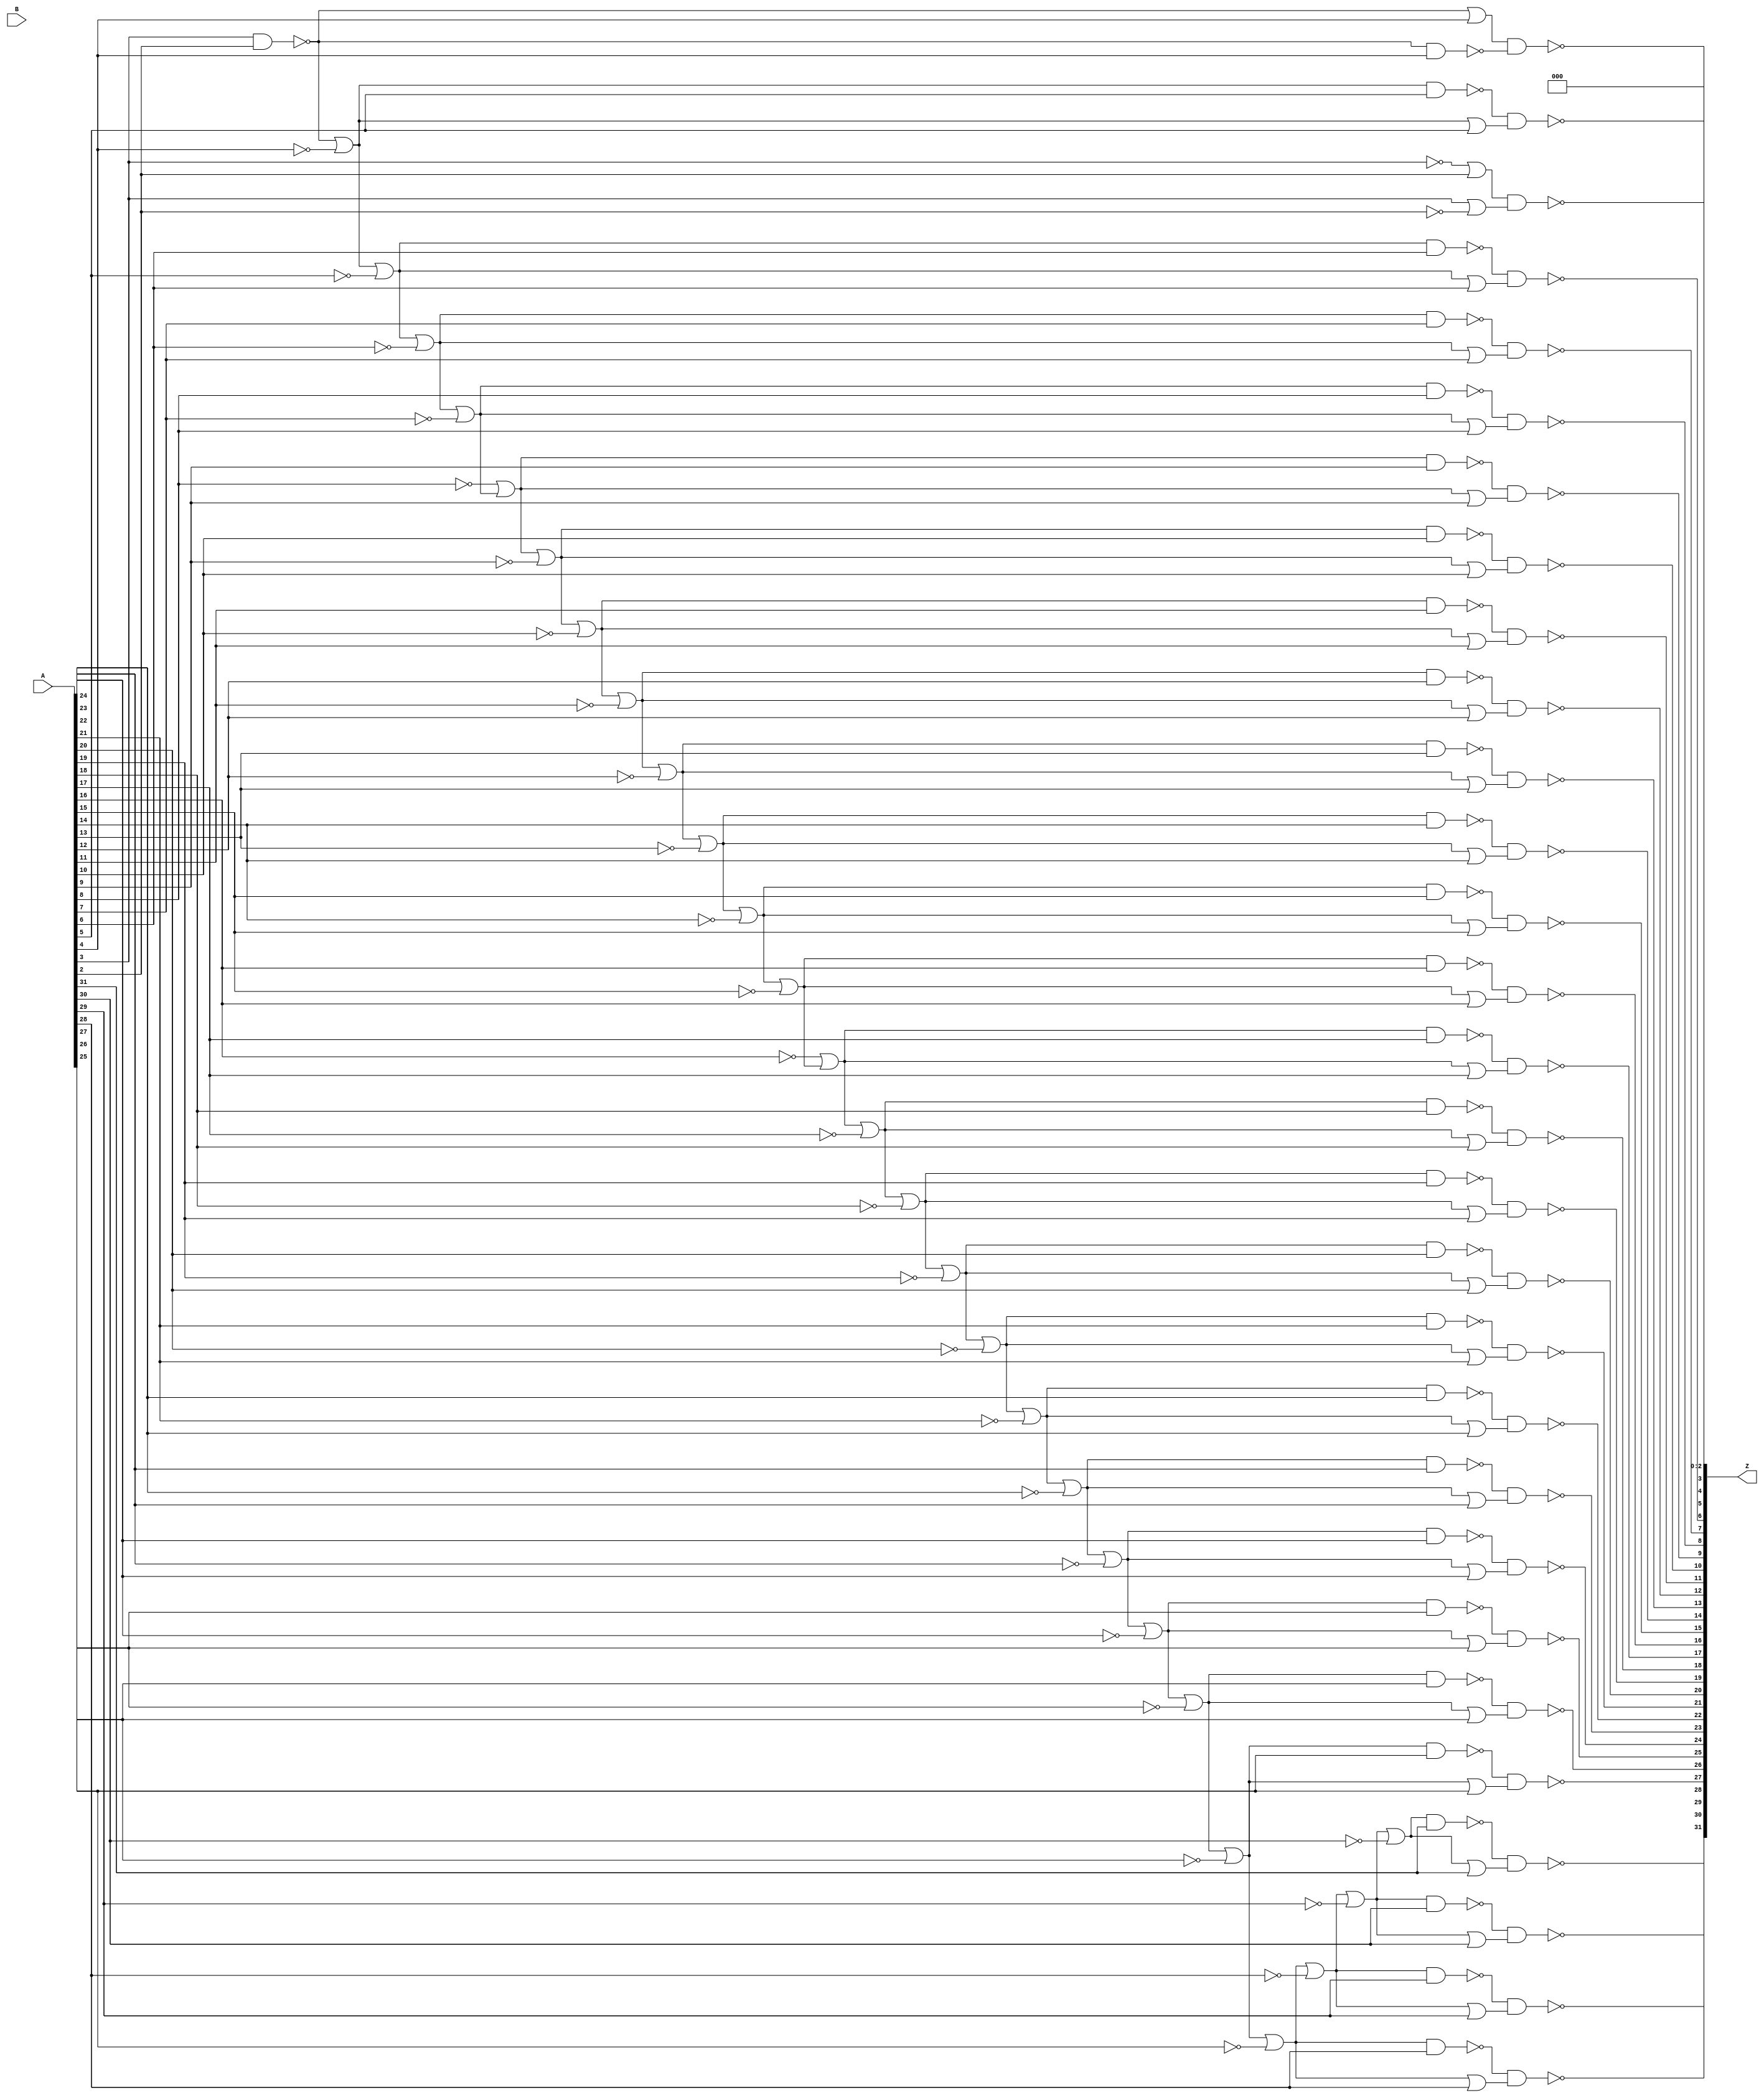

// Generated by Cadence Genus(TM) Synthesis Solution 17.10-p007_1
// Generated on: Dec  9 2018 19:06:27 EST (Dec 10 2018 00:06:27 UTC)

// Verification Directory fv/rv_pc 

module add_unsigned_62(A, B, Z);
  input [31:0] A;
  input [2:0] B;
  output [31:0] Z;
  wire [31:0] A;
  wire [2:0] B;
  wire [31:0] Z;
  wire n_77, n_242, n_243, n_247, n_251, n_299, n_300, n_304;
  wire n_306, n_309, n_312, n_315, n_318, n_357, n_358, n_362;
  wire n_364, n_367, n_370, n_373, n_374, n_378, n_382, n_386;
  wire n_390, n_394, n_398, n_402, n_516, n_517, n_518, n_519;
  wire n_520, n_521, n_522, n_523, n_524, n_525, n_526, n_527;
  wire n_528, n_529, n_530, n_531, n_532, n_533, n_534, n_535;
  wire n_536, n_537, n_538, n_539, n_540, n_541, n_542, n_543;
  wire n_544, n_545, n_546, n_547, n_548, n_549, n_550, n_551;
  wire n_552, n_553, n_554, n_555, n_556, n_557, n_558, n_559;
  wire n_560, n_561, n_562, n_563, n_564, n_565, n_566, n_567;
  wire n_568, n_569, n_570, n_571, n_572, n_573;
  assign Z[0] = 1'b0;
  assign Z[1] = 1'b0;
  assign Z[2] = 1'b0;
  or g540 (n_299, wc, n_251);
  not gc (wc, A[8]);
  or g550 (n_357, wc0, n_318);
  not gc0 (wc0, A[16]);
  or g621 (n_402, n_398, wc1);
  not gc1 (wc1, A[30]);
  or g626 (n_394, n_390, wc2);
  not gc2 (wc2, A[28]);
  or g629 (n_386, n_382, wc3);
  not gc3 (wc3, A[26]);
  or g632 (n_378, n_374, wc4);
  not gc4 (wc4, A[24]);
  or g633 (n_373, n_370, wc5);
  not gc5 (wc5, A[22]);
  or g635 (n_367, n_364, wc6);
  not gc6 (wc6, A[20]);
  or g636 (n_362, n_358, wc7);
  not gc7 (wc7, A[18]);
  or g637 (n_315, n_312, wc8);
  not gc8 (wc8, A[14]);
  or g639 (n_309, n_306, wc9);
  not gc9 (wc9, A[12]);
  or g640 (n_304, n_300, wc10);
  not gc10 (wc10, A[10]);
  or g643 (n_318, n_315, wc11);
  not gc11 (wc11, A[15]);
  or g644 (n_247, n_243, wc12);
  not gc12 (wc12, A[6]);
  or g646 (n_251, n_247, wc13);
  not gc13 (wc13, A[7]);
  or g656 (n_398, n_394, wc14);
  not gc14 (wc14, A[29]);
  or g657 (n_382, n_378, wc15);
  not gc15 (wc15, A[25]);
  or g658 (n_358, n_357, wc16);
  not gc16 (wc16, A[17]);
  or g659 (n_300, n_299, wc17);
  not gc17 (wc17, A[9]);
  or g660 (n_312, n_309, wc18);
  not gc18 (wc18, A[13]);
  or g661 (n_243, n_242, wc19);
  not gc19 (wc19, A[5]);
  or g669 (n_390, n_386, wc20);
  not gc20 (wc20, A[27]);
  or g672 (n_374, n_373, wc21);
  not gc21 (wc21, A[23]);
  or g675 (n_306, n_304, wc22);
  not gc22 (wc22, A[11]);
  or g678 (n_370, n_367, wc23);
  not gc23 (wc23, A[21]);
  or g681 (n_364, n_362, wc24);
  not gc24 (wc24, A[19]);
  nand g682 (n_516, n_402, A[31]);
  or g683 (n_517, n_402, A[31]);
  nand g684 (Z[31], n_516, n_517);
  nand g685 (n_518, n_398, A[30]);
  or g686 (n_519, n_398, A[30]);
  nand g687 (Z[30], n_518, n_519);
  nand g688 (n_520, n_394, A[29]);
  or g689 (n_521, n_394, A[29]);
  nand g690 (Z[29], n_520, n_521);
  nand g691 (n_522, n_390, A[28]);
  or g692 (n_523, n_390, A[28]);
  nand g693 (Z[28], n_522, n_523);
  nand g694 (n_524, n_386, A[27]);
  or g695 (n_525, n_386, A[27]);
  nand g696 (Z[27], n_524, n_525);
  nand g697 (n_526, n_382, A[26]);
  or g698 (n_527, n_382, A[26]);
  nand g699 (Z[26], n_526, n_527);
  nand g700 (n_528, n_378, A[25]);
  or g701 (n_529, n_378, A[25]);
  nand g702 (Z[25], n_528, n_529);
  nand g703 (n_530, n_374, A[24]);
  or g704 (n_531, n_374, A[24]);
  nand g705 (Z[24], n_530, n_531);
  nand g706 (n_532, n_373, A[23]);
  or g707 (n_533, n_373, A[23]);
  nand g708 (Z[23], n_532, n_533);
  nand g709 (n_534, n_370, A[22]);
  or g710 (n_535, n_370, A[22]);
  nand g711 (Z[22], n_534, n_535);
  nand g712 (n_536, n_367, A[21]);
  or g713 (n_537, n_367, A[21]);
  nand g714 (Z[21], n_536, n_537);
  nand g715 (n_538, n_364, A[20]);
  or g716 (n_539, n_364, A[20]);
  nand g717 (Z[20], n_538, n_539);
  nand g718 (n_540, n_362, A[19]);
  or g719 (n_541, n_362, A[19]);
  nand g720 (Z[19], n_540, n_541);
  nand g721 (n_542, n_358, A[18]);
  or g722 (n_543, n_358, A[18]);
  nand g723 (Z[18], n_542, n_543);
  nand g724 (n_544, n_357, A[17]);
  or g725 (n_545, n_357, A[17]);
  nand g726 (Z[17], n_544, n_545);
  nand g727 (n_546, n_318, A[16]);
  or g728 (n_547, n_318, A[16]);
  nand g729 (Z[16], n_546, n_547);
  nand g730 (n_548, n_315, A[15]);
  or g731 (n_549, n_315, A[15]);
  nand g732 (Z[15], n_548, n_549);
  nand g733 (n_550, n_312, A[14]);
  or g734 (n_551, n_312, A[14]);
  nand g735 (Z[14], n_550, n_551);
  nand g736 (n_552, n_309, A[13]);
  or g737 (n_553, n_309, A[13]);
  nand g738 (Z[13], n_552, n_553);
  nand g739 (n_554, n_306, A[12]);
  or g740 (n_555, n_306, A[12]);
  nand g741 (Z[12], n_554, n_555);
  nand g742 (n_556, n_304, A[11]);
  or g743 (n_557, n_304, A[11]);
  nand g744 (Z[11], n_556, n_557);
  nand g745 (n_558, n_300, A[10]);
  or g746 (n_559, n_300, A[10]);
  nand g747 (Z[10], n_558, n_559);
  nand g748 (n_560, n_299, A[9]);
  or g749 (n_561, n_299, A[9]);
  nand g750 (Z[9], n_560, n_561);
  nand g751 (n_562, n_251, A[8]);
  or g752 (n_563, n_251, A[8]);
  nand g753 (Z[8], n_562, n_563);
  nand g754 (n_564, n_247, A[7]);
  or g755 (n_565, n_247, A[7]);
  nand g756 (Z[7], n_564, n_565);
  nand g757 (n_566, n_243, A[6]);
  or g758 (n_567, n_243, A[6]);
  nand g759 (Z[6], n_566, n_567);
  nand g760 (n_568, n_242, A[5]);
  or g761 (n_569, n_242, A[5]);
  nand g762 (Z[5], n_568, n_569);
  or g763 (n_570, n_77, A[4]);
  nand g764 (n_571, n_77, A[4]);
  nand g765 (Z[4], n_570, n_571);
  or g766 (n_242, n_77, wc25);
  not gc25 (wc25, A[4]);
  or g767 (n_572, wc26, A[2]);
  not gc26 (wc26, A[3]);
  or g768 (n_573, A[3], wc27);
  not gc27 (wc27, A[2]);
  nand g769 (Z[3], n_572, n_573);
  nand g770 (n_77, A[3], A[2]);
endmodule

module rv_pc(in_clk, in_rstn, in_stall, in_transfert, in_target,
     out_pc);
  input in_clk, in_rstn, in_stall, in_transfert;
  input [31:0] in_target;
  output [31:0] out_pc;
  wire in_clk, in_rstn, in_stall, in_transfert;
  wire [31:0] in_target;
  wire [31:0] out_pc;
  wire UNCONNECTED, UNCONNECTED0, UNCONNECTED1, n_164, n_165, n_166,
       n_167, n_168;
  wire n_169, n_170, n_171, n_172, n_173, n_174, n_175, n_176;
  wire n_177, n_178, n_179, n_180, n_181, n_182, n_183, n_184;
  wire n_185, n_186, n_187, n_188, n_189, n_190, n_191, n_192;
  wire n_229, n_230, n_231, n_232, n_233, n_234, n_235, n_236;
  wire n_237, n_238, n_239, n_240, n_241, n_242, n_243, n_244;
  wire n_245, n_246, n_247, n_248, n_249, n_250, n_251, n_252;
  wire n_253, n_254, n_255, n_256, n_257, n_258, n_259, n_260;
  wire n_261, n_263, n_264, n_484, n_485, n_486, n_487, n_496;
  wire n_497, n_498, n_499, n_508, n_509, n_510, n_511, n_520;
  wire n_521, n_522, n_523, n_532, n_533, n_534, n_535, n_544;
  wire n_545, n_546, n_547, n_556, n_557, n_558, n_559, n_568;
  wire n_569, n_570, n_571, n_580, n_581, n_582, n_583, n_592;
  wire n_593, n_594, n_595, n_604, n_605, n_606, n_607, n_616;
  wire n_617, n_618, n_619, n_628, n_629, n_630, n_631, n_640;
  wire n_641, n_642, n_643, n_652, n_653, n_654, n_655, n_664;
  wire n_665, n_666, n_667, n_676, n_677, n_678, n_679, n_688;
  wire n_689, n_690, n_691, n_700, n_701, n_702, n_703, n_712;
  wire n_713, n_714, n_715, n_724, n_725, n_726, n_727, n_736;
  wire n_737, n_738, n_739, n_748, n_749, n_750, n_751, n_760;
  wire n_761, n_762, n_763, n_772, n_773, n_774, n_775, n_784;
  wire n_785, n_786, n_787, n_796, n_797, n_798, n_799, n_808;
  wire n_809, n_810, n_811, n_820, n_821, n_822, n_823, n_832;
  wire n_833, n_834, n_835, n_840, n_841, n_846, n_847;
  add_unsigned_62 add_29_43(.A ({out_pc[31:2], 2'b00}), .B (3'b100), .Z
       ({n_164, n_165, n_166, n_167, n_168, n_169, n_170, n_171, n_172,
       n_173, n_174, n_175, n_176, n_177, n_178, n_179, n_180, n_181,
       n_182, n_183, n_184, n_185, n_186, n_187, n_188, n_189, n_190,
       n_191, n_192, UNCONNECTED1, UNCONNECTED0, UNCONNECTED}));
  not g39 (n_229, in_rstn);
  or g476 (n_250, wc28, n_703);
  not gc28 (wc28, n_702);
  or g477 (n_241, wc29, n_595);
  not gc29 (wc29, n_594);
  or g478 (n_232, wc30, n_487);
  not gc30 (wc30, n_486);
  or g479 (n_256, wc31, n_775);
  not gc31 (wc31, n_774);
  or g480 (n_253, wc32, n_739);
  not gc32 (wc32, n_738);
  or g481 (n_233, wc33, n_499);
  not gc33 (wc33, n_498);
  or g482 (n_248, wc34, n_679);
  not gc34 (wc34, n_678);
  or g483 (n_261, wc35, n_835);
  not gc35 (wc35, n_834);
  or g484 (n_242, wc36, n_607);
  not gc36 (wc36, n_606);
  or g485 (n_234, wc37, n_511);
  not gc37 (wc37, n_510);
  or g486 (n_246, wc38, n_655);
  not gc38 (wc38, n_654);
  or g487 (n_235, wc39, n_523);
  not gc39 (wc39, n_522);
  or g488 (n_260, wc40, n_823);
  not gc40 (wc40, n_822);
  or g489 (n_255, wc41, n_763);
  not gc41 (wc41, n_762);
  or g490 (n_249, wc42, n_691);
  not gc42 (wc42, n_690);
  or g491 (n_236, wc43, n_535);
  not gc43 (wc43, n_534);
  or g492 (n_243, wc44, n_619);
  not gc44 (wc44, n_618);
  or g493 (n_259, wc45, n_811);
  not gc45 (wc45, n_810);
  or g494 (n_247, wc46, n_667);
  not gc46 (wc46, n_666);
  or g495 (n_237, wc47, n_547);
  not gc47 (wc47, n_546);
  or g496 (n_244, wc48, n_631);
  not gc48 (wc48, n_630);
  or g497 (n_238, wc49, n_559);
  not gc49 (wc49, n_558);
  or g498 (n_258, wc50, n_799);
  not gc50 (wc50, n_798);
  or g499 (n_254, wc51, n_751);
  not gc51 (wc51, n_750);
  or g500 (n_252, wc52, n_727);
  not gc52 (wc52, n_726);
  or g501 (n_239, wc53, n_571);
  not gc53 (wc53, n_570);
  or g502 (n_251, wc54, n_715);
  not gc54 (wc54, n_714);
  or g503 (n_257, wc55, n_787);
  not gc55 (wc55, n_786);
  or g504 (n_245, wc56, n_643);
  not gc56 (wc56, n_642);
  or g505 (n_240, wc57, n_583);
  not gc57 (wc57, n_582);
  nand g506 (n_487, n_484, n_485);
  nand g507 (n_230, n_846, n_847);
  nand g508 (n_499, n_496, n_497);
  nand g509 (n_231, n_840, n_841);
  nand g510 (n_511, n_508, n_509);
  nand g511 (n_835, n_832, n_833);
  nand g512 (n_523, n_520, n_521);
  nand g513 (n_823, n_820, n_821);
  nand g514 (n_535, n_532, n_533);
  nand g515 (n_547, n_544, n_545);
  nand g516 (n_811, n_808, n_809);
  nand g517 (n_559, n_556, n_557);
  nand g518 (n_799, n_796, n_797);
  nand g519 (n_571, n_568, n_569);
  nand g520 (n_583, n_580, n_581);
  nand g521 (n_703, n_700, n_701);
  nand g522 (n_595, n_592, n_593);
  nand g523 (n_775, n_772, n_773);
  nand g524 (n_607, n_604, n_605);
  nand g525 (n_619, n_616, n_617);
  nand g526 (n_763, n_760, n_761);
  nand g527 (n_631, n_628, n_629);
  nand g528 (n_751, n_748, n_749);
  nand g529 (n_643, n_640, n_641);
  nand g530 (n_655, n_652, n_653);
  nand g531 (n_739, n_736, n_737);
  nand g532 (n_667, n_664, n_665);
  nand g533 (n_727, n_724, n_725);
  nand g534 (n_679, n_676, n_677);
  nand g535 (n_691, n_688, n_689);
  nand g536 (n_715, n_712, n_713);
  nand g537 (n_787, n_784, n_785);
  or g538 (n_809, n_263, wc58);
  not gc58 (wc58, n_166);
  or g539 (n_702, n_264, wc59);
  not gc59 (wc59, in_target[20]);
  or g540 (n_701, n_263, wc60);
  not gc60 (wc60, n_175);
  or g541 (n_810, n_264, wc61);
  not gc61 (wc61, in_target[29]);
  or g542 (n_713, n_263, wc62);
  not gc62 (wc62, n_174);
  or g543 (n_714, n_264, wc63);
  not gc63 (wc63, in_target[21]);
  or g544 (n_690, n_264, wc64);
  not gc64 (wc64, in_target[19]);
  or g545 (n_689, n_263, wc65);
  not gc65 (wc65, n_176);
  or g546 (n_546, n_264, wc66);
  not gc66 (wc66, in_target[7]);
  or g547 (n_545, n_263, wc67);
  not gc67 (wc67, n_188);
  or g548 (n_725, n_263, wc68);
  not gc68 (wc68, n_173);
  or g549 (n_678, n_264, wc69);
  not gc69 (wc69, in_target[18]);
  or g550 (n_677, n_263, wc70);
  not gc70 (wc70, n_177);
  or g551 (n_497, n_263, wc71);
  not gc71 (wc71, n_192);
  or g552 (n_726, n_264, wc72);
  not gc72 (wc72, in_target[22]);
  or g553 (n_484, n_263, out_pc[2]);
  or g554 (n_666, n_264, wc73);
  not gc73 (wc73, in_target[17]);
  or g555 (n_821, n_263, wc74);
  not gc74 (wc74, n_165);
  or g556 (n_534, n_264, wc75);
  not gc75 (wc75, in_target[6]);
  or g557 (n_737, n_263, wc76);
  not gc76 (wc76, n_172);
  or g558 (n_738, n_264, wc77);
  not gc77 (wc77, in_target[23]);
  or g559 (n_654, n_264, wc78);
  not gc78 (wc78, in_target[16]);
  or g560 (n_653, n_263, wc79);
  not gc79 (wc79, n_179);
  or g561 (n_533, n_263, wc80);
  not gc80 (wc80, n_189);
  or g562 (n_847, n_264, wc81);
  not gc81 (wc81, in_target[0]);
  or g563 (n_749, n_263, wc82);
  not gc82 (wc82, n_171);
  or g564 (n_642, n_264, wc83);
  not gc83 (wc83, in_target[15]);
  or g565 (n_641, n_263, wc84);
  not gc84 (wc84, n_180);
  or g566 (n_822, n_264, wc85);
  not gc85 (wc85, in_target[30]);
  or g567 (n_750, n_264, wc86);
  not gc86 (wc86, in_target[24]);
  nand g568 (n_846, n_264, out_pc[0]);
  or g569 (n_630, n_264, wc87);
  not gc87 (wc87, in_target[14]);
  or g570 (n_629, n_263, wc88);
  not gc88 (wc88, n_181);
  or g571 (n_522, n_264, wc89);
  not gc89 (wc89, in_target[5]);
  or g572 (n_761, n_263, wc90);
  not gc90 (wc90, n_170);
  or g573 (n_762, n_264, wc91);
  not gc91 (wc91, in_target[25]);
  or g574 (n_618, n_264, wc92);
  not gc92 (wc92, in_target[13]);
  or g575 (n_617, n_263, wc93);
  not gc93 (wc93, n_182);
  or g576 (n_521, n_263, wc94);
  not gc94 (wc94, n_190);
  or g577 (n_665, n_263, wc95);
  not gc95 (wc95, n_178);
  or g578 (n_773, n_263, wc96);
  not gc96 (wc96, n_169);
  or g579 (n_606, n_264, wc97);
  not gc97 (wc97, in_target[12]);
  or g580 (n_605, n_263, wc98);
  not gc98 (wc98, n_183);
  or g581 (n_833, n_263, wc99);
  not gc99 (wc99, n_164);
  or g582 (n_774, n_264, wc100);
  not gc100 (wc100, in_target[26]);
  or g583 (n_834, n_264, wc101);
  not gc101 (wc101, in_target[31]);
  or g584 (n_594, n_264, wc102);
  not gc102 (wc102, in_target[11]);
  or g585 (n_593, n_263, wc103);
  not gc103 (wc103, n_184);
  or g586 (n_510, n_264, wc104);
  not gc104 (wc104, in_target[4]);
  or g587 (n_785, n_263, wc105);
  not gc105 (wc105, n_168);
  or g588 (n_786, n_264, wc106);
  not gc106 (wc106, in_target[27]);
  or g589 (n_582, n_264, wc107);
  not gc107 (wc107, in_target[10]);
  or g590 (n_581, n_263, wc108);
  not gc108 (wc108, n_185);
  or g591 (n_509, n_263, wc109);
  not gc109 (wc109, n_191);
  or g592 (n_485, n_264, wc110);
  not gc110 (wc110, in_target[2]);
  or g593 (n_797, n_263, wc111);
  not gc111 (wc111, n_167);
  or g594 (n_570, n_264, wc112);
  not gc112 (wc112, in_target[9]);
  or g595 (n_569, n_263, wc113);
  not gc113 (wc113, n_186);
  or g596 (n_841, n_264, wc114);
  not gc114 (wc114, in_target[1]);
  or g597 (n_798, n_264, wc115);
  not gc115 (wc115, in_target[28]);
  nand g598 (n_840, n_264, out_pc[1]);
  or g599 (n_558, n_264, wc116);
  not gc116 (wc116, in_target[8]);
  or g600 (n_557, n_263, wc117);
  not gc117 (wc117, n_187);
  or g601 (n_498, n_264, wc118);
  not gc118 (wc118, in_target[3]);
  nand g602 (n_712, out_pc[21], in_stall);
  nand g603 (n_700, out_pc[20], in_stall);
  nand g604 (n_688, out_pc[19], in_stall);
  nand g605 (n_724, out_pc[22], in_stall);
  nand g606 (n_676, out_pc[18], in_stall);
  nand g607 (n_736, out_pc[23], in_stall);
  nand g608 (n_664, out_pc[17], in_stall);
  nand g609 (n_652, out_pc[16], in_stall);
  nand g610 (n_748, out_pc[24], in_stall);
  nand g611 (n_640, out_pc[15], in_stall);
  nand g612 (n_760, out_pc[25], in_stall);
  nand g613 (n_628, out_pc[14], in_stall);
  nand g614 (n_616, out_pc[13], in_stall);
  nand g615 (n_772, out_pc[26], in_stall);
  nand g616 (n_604, out_pc[12], in_stall);
  or g617 (n_263, in_stall, in_transfert);
  nand g618 (n_592, out_pc[11], in_stall);
  nand g619 (n_580, out_pc[10], in_stall);
  nand g620 (n_796, out_pc[28], in_stall);
  nand g621 (n_568, out_pc[9], in_stall);
  nand g622 (n_808, out_pc[29], in_stall);
  nand g623 (n_556, out_pc[8], in_stall);
  nand g624 (n_544, out_pc[7], in_stall);
  nand g625 (n_820, out_pc[30], in_stall);
  nand g626 (n_532, out_pc[6], in_stall);
  nand g627 (n_832, out_pc[31], in_stall);
  nand g628 (n_520, out_pc[5], in_stall);
  nand g629 (n_508, out_pc[4], in_stall);
  nand g630 (n_496, out_pc[3], in_stall);
  nand g631 (n_486, out_pc[2], in_stall);
  or g632 (n_264, in_stall, wc119);
  not gc119 (wc119, in_transfert);
  nand g633 (n_784, out_pc[27], in_stall);
  CDN_flop \pc_reg[0] (.clk (in_clk), .d (n_230), .sena (1'b1), .aclr
       (n_229), .apre (1'b0), .srl (1'b0), .srd (1'b0), .q (out_pc[0]));
  CDN_flop \pc_reg[1] (.clk (in_clk), .d (n_231), .sena (1'b1), .aclr
       (n_229), .apre (1'b0), .srl (1'b0), .srd (1'b0), .q (out_pc[1]));
  CDN_flop \pc_reg[2] (.clk (in_clk), .d (n_232), .sena (1'b1), .aclr
       (n_229), .apre (1'b0), .srl (1'b0), .srd (1'b0), .q (out_pc[2]));
  CDN_flop \pc_reg[3] (.clk (in_clk), .d (n_233), .sena (1'b1), .aclr
       (n_229), .apre (1'b0), .srl (1'b0), .srd (1'b0), .q (out_pc[3]));
  CDN_flop \pc_reg[4] (.clk (in_clk), .d (n_234), .sena (1'b1), .aclr
       (n_229), .apre (1'b0), .srl (1'b0), .srd (1'b0), .q (out_pc[4]));
  CDN_flop \pc_reg[5] (.clk (in_clk), .d (n_235), .sena (1'b1), .aclr
       (n_229), .apre (1'b0), .srl (1'b0), .srd (1'b0), .q (out_pc[5]));
  CDN_flop \pc_reg[6] (.clk (in_clk), .d (n_236), .sena (1'b1), .aclr
       (n_229), .apre (1'b0), .srl (1'b0), .srd (1'b0), .q (out_pc[6]));
  CDN_flop \pc_reg[7] (.clk (in_clk), .d (n_237), .sena (1'b1), .aclr
       (n_229), .apre (1'b0), .srl (1'b0), .srd (1'b0), .q (out_pc[7]));
  CDN_flop \pc_reg[8] (.clk (in_clk), .d (n_238), .sena (1'b1), .aclr
       (n_229), .apre (1'b0), .srl (1'b0), .srd (1'b0), .q (out_pc[8]));
  CDN_flop \pc_reg[9] (.clk (in_clk), .d (n_239), .sena (1'b1), .aclr
       (n_229), .apre (1'b0), .srl (1'b0), .srd (1'b0), .q (out_pc[9]));
  CDN_flop \pc_reg[10] (.clk (in_clk), .d (n_240), .sena (1'b1), .aclr
       (n_229), .apre (1'b0), .srl (1'b0), .srd (1'b0), .q
       (out_pc[10]));
  CDN_flop \pc_reg[11] (.clk (in_clk), .d (n_241), .sena (1'b1), .aclr
       (n_229), .apre (1'b0), .srl (1'b0), .srd (1'b0), .q
       (out_pc[11]));
  CDN_flop \pc_reg[12] (.clk (in_clk), .d (n_242), .sena (1'b1), .aclr
       (n_229), .apre (1'b0), .srl (1'b0), .srd (1'b0), .q
       (out_pc[12]));
  CDN_flop \pc_reg[13] (.clk (in_clk), .d (n_243), .sena (1'b1), .aclr
       (n_229), .apre (1'b0), .srl (1'b0), .srd (1'b0), .q
       (out_pc[13]));
  CDN_flop \pc_reg[14] (.clk (in_clk), .d (n_244), .sena (1'b1), .aclr
       (n_229), .apre (1'b0), .srl (1'b0), .srd (1'b0), .q
       (out_pc[14]));
  CDN_flop \pc_reg[15] (.clk (in_clk), .d (n_245), .sena (1'b1), .aclr
       (n_229), .apre (1'b0), .srl (1'b0), .srd (1'b0), .q
       (out_pc[15]));
  CDN_flop \pc_reg[16] (.clk (in_clk), .d (n_246), .sena (1'b1), .aclr
       (n_229), .apre (1'b0), .srl (1'b0), .srd (1'b0), .q
       (out_pc[16]));
  CDN_flop \pc_reg[17] (.clk (in_clk), .d (n_247), .sena (1'b1), .aclr
       (n_229), .apre (1'b0), .srl (1'b0), .srd (1'b0), .q
       (out_pc[17]));
  CDN_flop \pc_reg[18] (.clk (in_clk), .d (n_248), .sena (1'b1), .aclr
       (n_229), .apre (1'b0), .srl (1'b0), .srd (1'b0), .q
       (out_pc[18]));
  CDN_flop \pc_reg[19] (.clk (in_clk), .d (n_249), .sena (1'b1), .aclr
       (n_229), .apre (1'b0), .srl (1'b0), .srd (1'b0), .q
       (out_pc[19]));
  CDN_flop \pc_reg[20] (.clk (in_clk), .d (n_250), .sena (1'b1), .aclr
       (n_229), .apre (1'b0), .srl (1'b0), .srd (1'b0), .q
       (out_pc[20]));
  CDN_flop \pc_reg[21] (.clk (in_clk), .d (n_251), .sena (1'b1), .aclr
       (n_229), .apre (1'b0), .srl (1'b0), .srd (1'b0), .q
       (out_pc[21]));
  CDN_flop \pc_reg[22] (.clk (in_clk), .d (n_252), .sena (1'b1), .aclr
       (n_229), .apre (1'b0), .srl (1'b0), .srd (1'b0), .q
       (out_pc[22]));
  CDN_flop \pc_reg[23] (.clk (in_clk), .d (n_253), .sena (1'b1), .aclr
       (n_229), .apre (1'b0), .srl (1'b0), .srd (1'b0), .q
       (out_pc[23]));
  CDN_flop \pc_reg[24] (.clk (in_clk), .d (n_254), .sena (1'b1), .aclr
       (n_229), .apre (1'b0), .srl (1'b0), .srd (1'b0), .q
       (out_pc[24]));
  CDN_flop \pc_reg[25] (.clk (in_clk), .d (n_255), .sena (1'b1), .aclr
       (n_229), .apre (1'b0), .srl (1'b0), .srd (1'b0), .q
       (out_pc[25]));
  CDN_flop \pc_reg[26] (.clk (in_clk), .d (n_256), .sena (1'b1), .aclr
       (n_229), .apre (1'b0), .srl (1'b0), .srd (1'b0), .q
       (out_pc[26]));
  CDN_flop \pc_reg[27] (.clk (in_clk), .d (n_257), .sena (1'b1), .aclr
       (n_229), .apre (1'b0), .srl (1'b0), .srd (1'b0), .q
       (out_pc[27]));
  CDN_flop \pc_reg[28] (.clk (in_clk), .d (n_258), .sena (1'b1), .aclr
       (n_229), .apre (1'b0), .srl (1'b0), .srd (1'b0), .q
       (out_pc[28]));
  CDN_flop \pc_reg[29] (.clk (in_clk), .d (n_259), .sena (1'b1), .aclr
       (n_229), .apre (1'b0), .srl (1'b0), .srd (1'b0), .q
       (out_pc[29]));
  CDN_flop \pc_reg[30] (.clk (in_clk), .d (n_260), .sena (1'b1), .aclr
       (n_229), .apre (1'b0), .srl (1'b0), .srd (1'b0), .q
       (out_pc[30]));
  CDN_flop \pc_reg[31] (.clk (in_clk), .d (n_261), .sena (1'b1), .aclr
       (n_229), .apre (1'b0), .srl (1'b0), .srd (1'b0), .q
       (out_pc[31]));
endmodule

`ifdef RC_CDN_GENERIC_GATE
`else
module CDN_flop(clk, d, sena, aclr, apre, srl, srd, q);
  input clk, d, sena, aclr, apre, srl, srd;
  output q;
  wire clk, d, sena, aclr, apre, srl, srd;
  wire q;
  reg  qi;
  assign #1 q = qi;
  always 
    @(posedge clk or posedge apre or posedge aclr) 
      if (aclr) 
        qi <= 0;
      else if (apre) 
          qi <= 1;
        else if (srl) 
            qi <= srd;
          else begin
            if (sena) 
              qi <= d;
          end
  initial 
    qi <= 1'b0;
endmodule
`endif